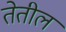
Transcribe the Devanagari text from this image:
तेतील